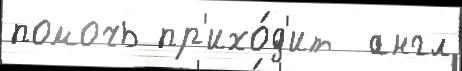
помочь пр'ихо́д'ит  англ